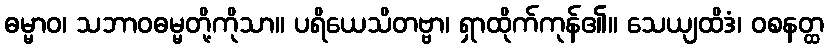
ဓမ္မာဝ၊ သဘာဝဓမ္မတို့ကိုသာ။ ပရိယေသိတဗ္ဗာ၊ ရှာထိုက်ကုန်၏။ သေယျထိဒံ၊ ဝစနတ္ထ